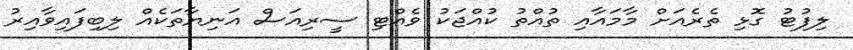
ލިފުޓު ގޮޅި ތެރެއަށް މާމައާއި ތުއްތު ކުއްޖަކު ވެއްޓި ސީރިއަސް އަނިޔާތަކެއް ލިބިފައިވާއިރު